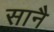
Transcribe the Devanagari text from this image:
सानै